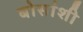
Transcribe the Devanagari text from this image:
बोसांशी